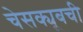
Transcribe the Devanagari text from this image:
चेसक्यूबची